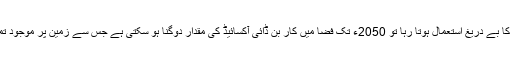
اگر سرمایہ دارانہ طرز پیدا وار کے تحت اسی طرح فاسل فیولز کا بے دریغ استعمال ہوتا رہا تو 2050ء تک فضا میں کار بن ڈائی آکسائیڈ کی مقدار دوگنا ہو سکتی ہے جس سے زمین پر موجود تمام اقسام کی حیات کے نا پید ہونے کے امکانات بڑھ سکتے ہیں۔